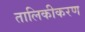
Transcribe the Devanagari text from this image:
तालिकीकरण